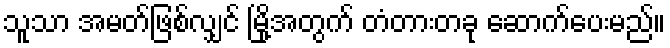
သူသာ အမတ်ဖြစ်လျှင် မြို့အတွက် တံတားတခု ဆောက်ပေးမည်။